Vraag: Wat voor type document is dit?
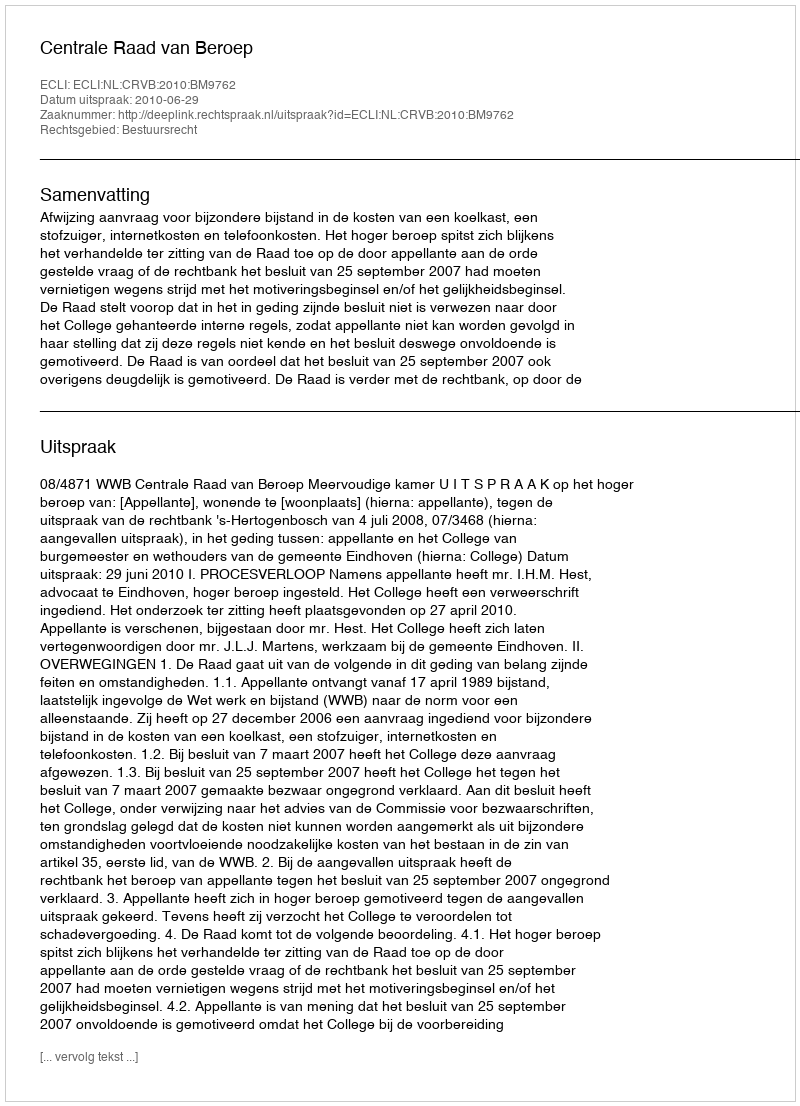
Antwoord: Uitspraak